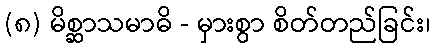
(၈) မိစ္ဆာသမာဓိ - မှားစွာ စိတ်တည်ခြင်း၊